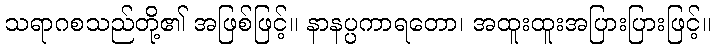
သရာဂစသည်တို့၏ အဖြစ်ဖြင့်။ နာနပ္ပကာရတော၊ အထူးထူးအပြားပြားဖြင့်။